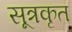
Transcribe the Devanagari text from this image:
सूत्रकृत